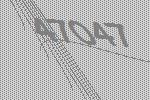
47047